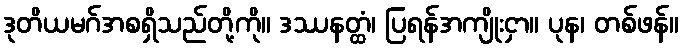
ဒုတိယမဂ်အစရှိသည်တို့ကို။ ဒဿနတ္ထံ၊ ပြရန်အကျိုးငှာ။ ပုန၊ တစ်ဖန်။